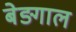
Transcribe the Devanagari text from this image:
बेङ्गाल